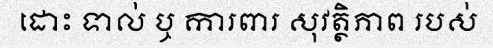
ដោះ ទាល់ ឬ ការពារ សុវត្ថិភាព របស់